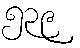
၅၃၉